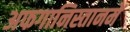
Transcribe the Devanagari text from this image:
अफगानिस्तानमें